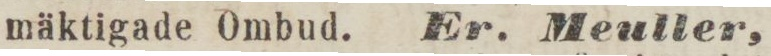
mäktigade Ombud.    Er. Meuller,